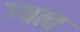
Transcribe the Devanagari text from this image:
ग्यातः